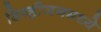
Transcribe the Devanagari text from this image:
डिव्हीजनमध्ये